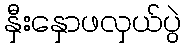
နှီးနှောဖလှယ်ပွဲ